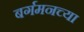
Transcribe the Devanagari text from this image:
बर्गमनच्या